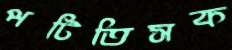
পটিতিসক